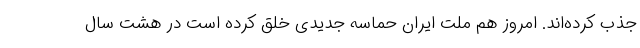
جذب کرده‌اند. امروز هم ملت ایران حماسه جدیدی خلق کرده است در هشت سال